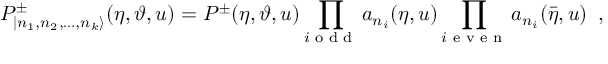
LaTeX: P _ { | n _ { 1 } , n _ { 2 } , \dots , n _ { k } \rangle } ^ { \pm } ( \eta , \vartheta , u ) = P ^ { \pm } ( \eta , \vartheta , u ) \prod _ { i \textrm { o d d } } a _ { n _ { i } } ( \eta , u ) \prod _ { i \textrm { e v e n } } a _ { n _ { i } } ( \bar { \eta } , u ) \, \, \, ,